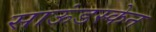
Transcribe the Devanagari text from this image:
साऊंडस्केन